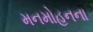
મનમોહનના